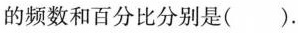
的频数和百分比分别是().